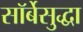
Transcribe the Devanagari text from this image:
सॉर्बेसुद्धा